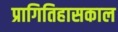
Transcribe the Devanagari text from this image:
प्रागितिहासकाल